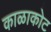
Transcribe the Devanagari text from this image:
काळाकोट